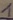
Text: 1